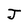
Character: J